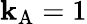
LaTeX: \mathbf{k}_{\mathrm{{{A}}}}=1